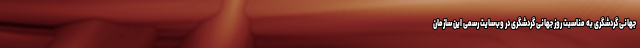
جهانی گردشگری به مناسبت روز جهانی گردشگری در وب‌سایت رسمی این سازمان